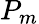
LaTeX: P_{m}